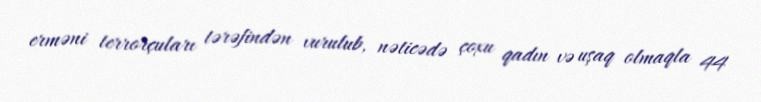
erməni terrorçuları tərəfindən vurulub, nəticədə çoxu qadın və uşaq olmaqla 44